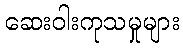
ဆေးဝါးကုသမှုများ